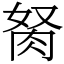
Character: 胬